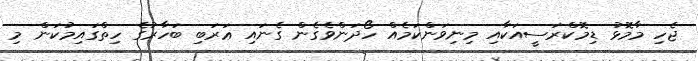
ޖެހި މާމޮޅު ޑިމޮކްރަސީއަކާއި މިނިވަންކަމެއް ހޯދަންވެގެން ގެނައި ޢަރަބި ބަހާރުގެ ހިތްގައިމުކަން މި